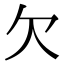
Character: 欠